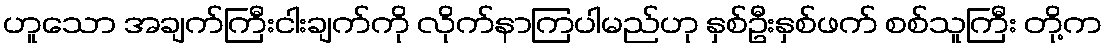
ဟူသော အချက်ကြီးငါးချက်ကို လိုက်နာကြပါမည်ဟု နှစ်ဦးနှစ်ဖက် စစ်သူကြီး တို့က